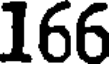
166